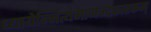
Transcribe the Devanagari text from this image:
ध्यायेन्नित्यमानन्दकारकम्